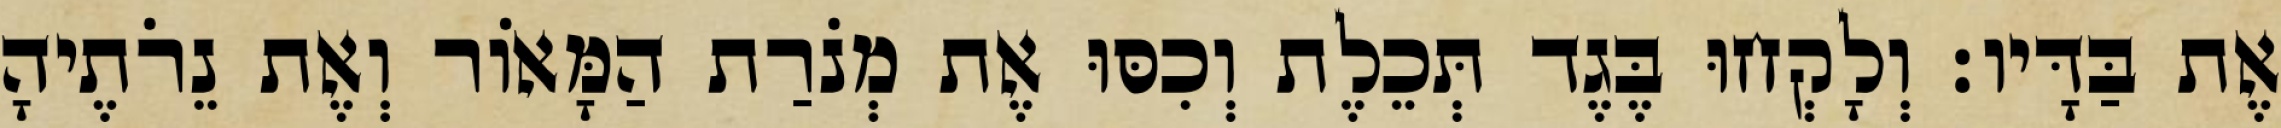
אֶת בַּדָּיו׃ וְלָקְחוּ בֶּגֶד תְּכֵלֶת וְכִסּוּ אֶת מְנֹרַת הַמָּאוֹר וְאֶת נֵרֹתֶיהָ